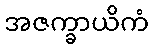
အဇက္ခာယိကံ